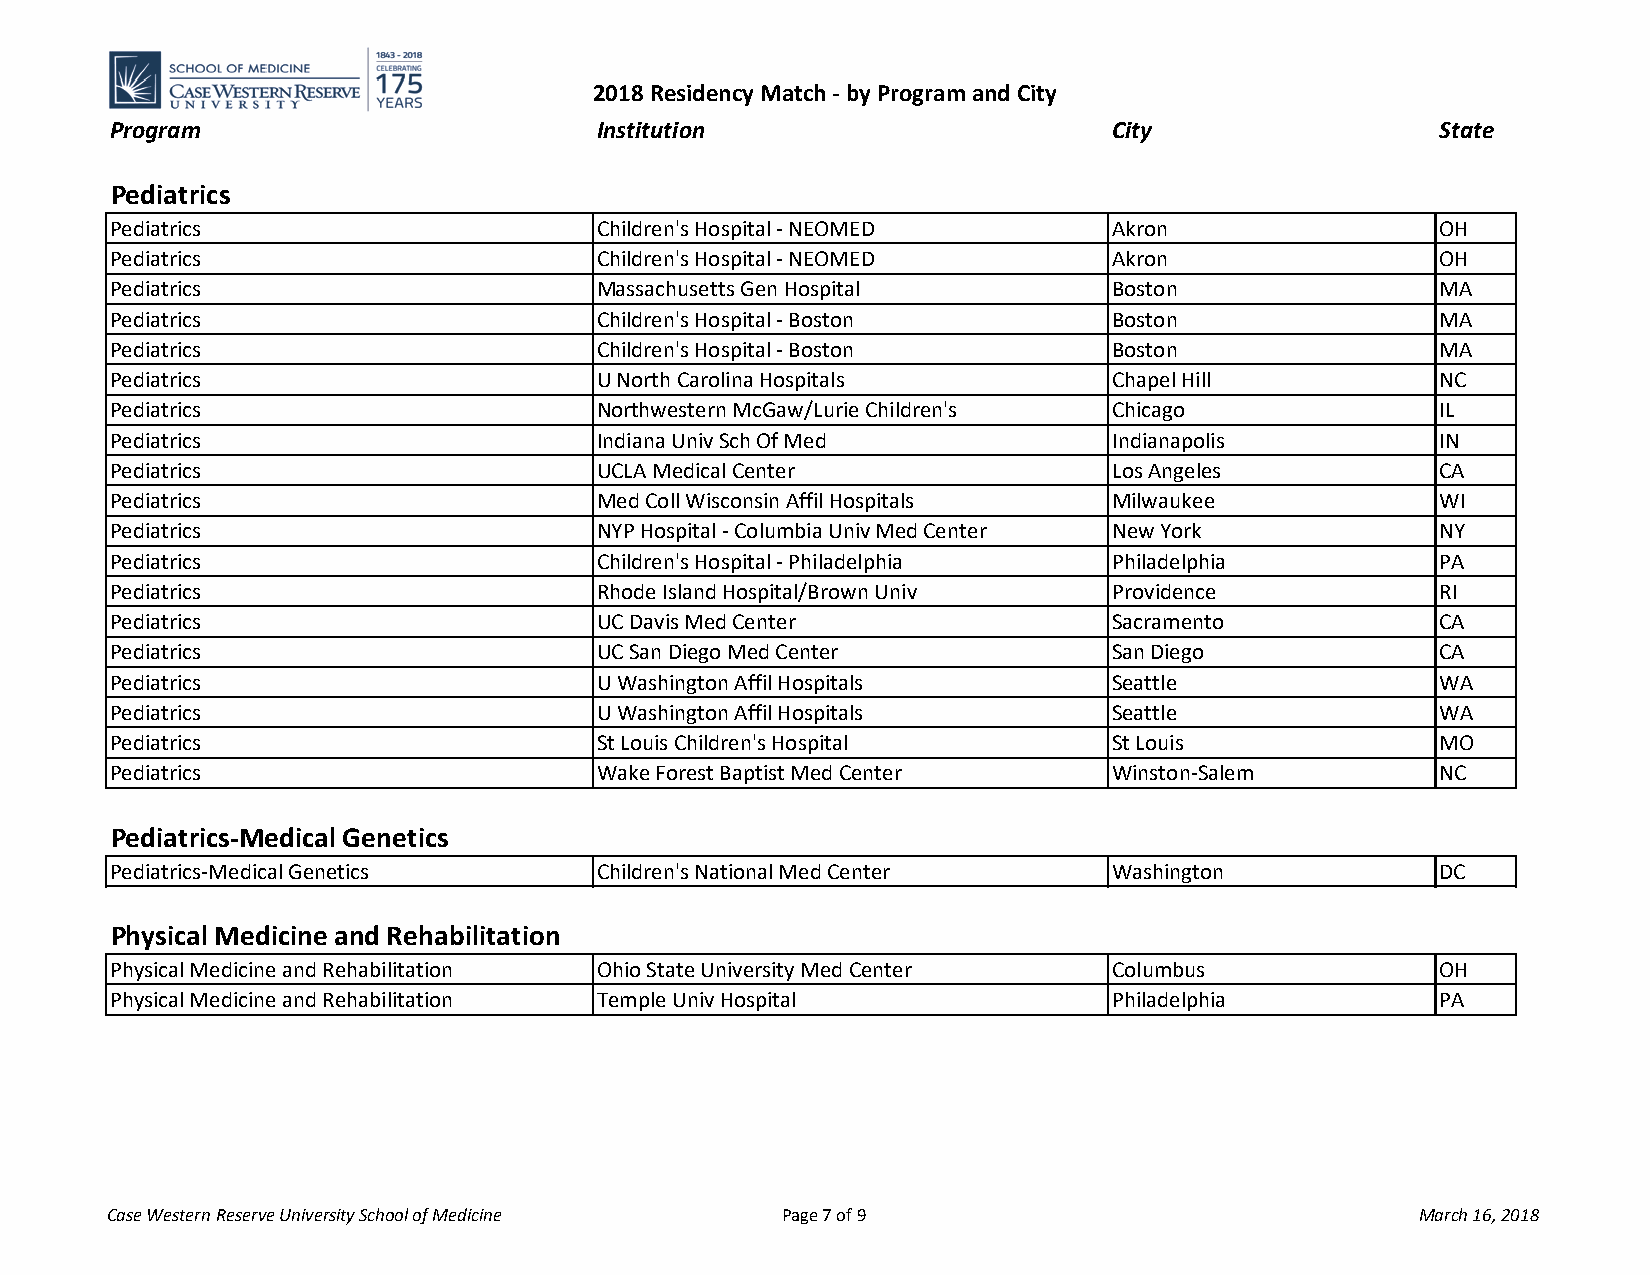
2018 Residency Match - by Program and City
 Program                         Institution                       City                  State
 Pediatrics
 Pediatrics                      Children's Hospital - NEOMED      Akron                 OH
 Pediatrics                      Children's Hospital - NEOMED      Akron                 OH
 Pediatrics                      Massachusetts Gen Hospital        Boston                MA
 Pediatrics                      Children's Hospital - Boston      Boston                MA
 Pediatrics                      Children's Hospital - Boston      Boston                MA
 Pediatrics                      U North Carolina Hospitals        Chapel Hill           NC
 Pediatrics                      Northwestern McGaw/Lurie Children's Chicago             IL
 Pediatrics                      Indiana Univ Sch Of Med           Indianapolis          IN
 Pediatrics                      UCLA Medical Center               Los Angeles           CA
 Pediatrics                      Med Coll Wisconsin Affil Hospitals Milwaukee            WI
 Pediatrics                      NYP Hospital - Columbia Univ Med Center New York        NY
 Pediatrics                      Children's Hospital - Philadelphia Philadelphia         PA
 Pediatrics                      Rhode Island Hospital/Brown Univ  Providence            RI
 Pediatrics                      UC Davis Med Center               Sacramento            CA
 Pediatrics                      UC San Diego Med Center           San Diego             CA
 Pediatrics                      U Washington Affil Hospitals      Seattle               WA
 Pediatrics                      U Washington Affil Hospitals      Seattle               WA
 Pediatrics                      St Louis Children's Hospital      St Louis              MO
 Pediatrics                      Wake Forest Baptist Med Center    Winston-Salem         NC
 Pediatrics-Medical Genetics
 Pediatrics-Medical Genetics     Children's National Med Center    Washington            DC
 Physical Medicine and Rehabilitation
 Physical Medicine and Rehabilitation Ohio State University Med Center Columbus          OH
 Physical Medicine and Rehabilitation Temple Univ Hospital         Philadelphia          PA
 Case Western Reserve University School of Medicine Page 7 of 9                         March 16, 2018